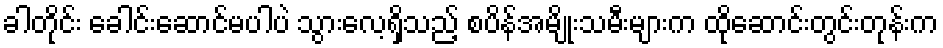
ခါတိုင်း ခေါင်းဆောင်မပါပဲ သွားလေ့ရှိသည့် စပိန်အမျိုးသမီးများက ထိုဆောင်းတွင်းတုန်းက